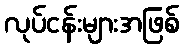
လုပ်ငန်းများအဖြစ်